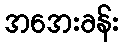
အအေးခန်း